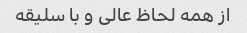
از همه لحاظ عالی و با سلیقه